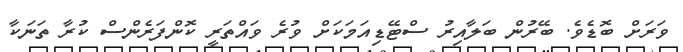
ވަރަށް ބޮޑެވެ. ބޭރުން ބަލާއިރު ސްޓޭޑިއަމަކަށް ވުރެ ވައްތަރީ ކޮންފަރެންސް ކުރާ ތަނަކާ